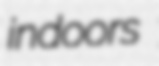
indoors